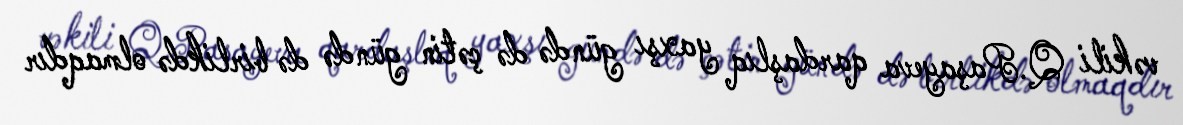
vəkili Q.Paşayeva qardaşlıq yaxşı gündə də çətin gündə də birlikdə olmaqdır